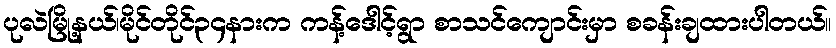
ပုလဲမြို့နယ်၊မိုင်တိုင်၃၄နားက ကန့်ဒေါင့်ရွာ စာသင်ကျောင်းမှာ စခန်းချထားပါတယ်။